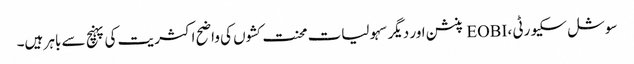
سوشل سکیورٹی ، EOBI پنشن اور دیگر سہولیات محنت کشوں کی واضح اکثریت کی پہنچ سے باہر ہیں۔